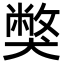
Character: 獘